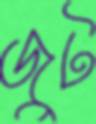
জুট